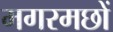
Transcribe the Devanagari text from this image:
मगरमछों